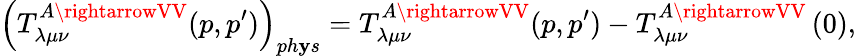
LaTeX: \left(T_{\lambda\mu\nu}^{A\rightarrowVV}(p,p^{\prime})\right)_{ph\mathbf{y}s}=T_{\lambda\mu\nu}^{A\rightarrowVV}(p,p^{\prime})-T_{\lambda\mu\nu}^{A\rightarrowVV}\left(0\right),